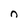
Character: n